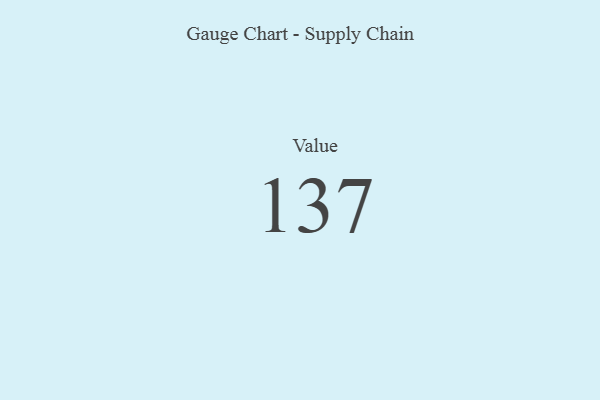
{"axis": {"x": "Metric", "y": "Value"}, "legend": [""], "data": [{"x": "Value", "y": 137, "type": ""}]}